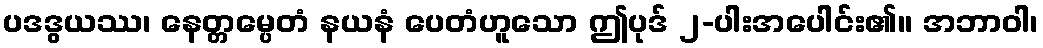
ပဒဒွယဿ၊ နေတ္တမ္ပေတံ နယနံ ပေတံဟူသော ဤပုဒ် ၂-ပါးအပေါင်း၏။ အဘာဝါ၊